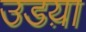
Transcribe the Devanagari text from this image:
उडय़ा